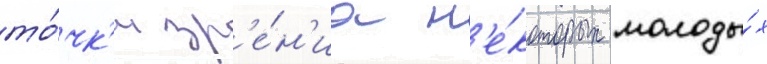
то́чк'и зр'е́н'иа н'е́которых молоды́х